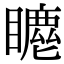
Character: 𥋦